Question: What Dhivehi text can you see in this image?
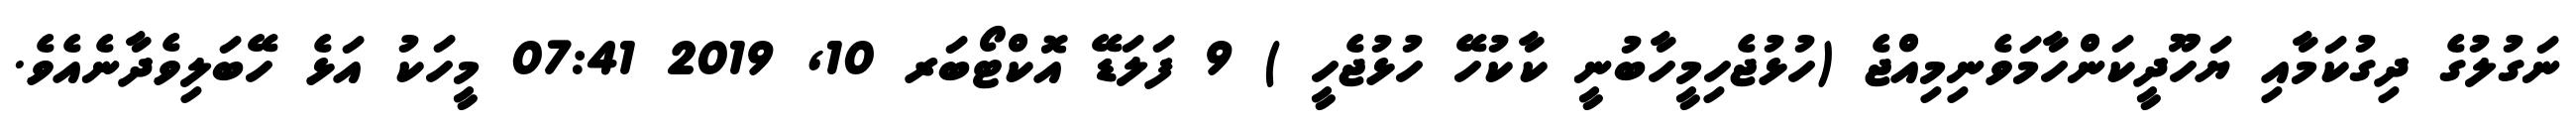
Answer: ނަގުލުގެ ދިގުކަމާއި ޔަހޫދީކަންހާމަވެނިމިއްޖެ (ހުޅުޖެހިމީހާބުނީ ކާކުހޭ ހުޅުޖެހީ ) 9 ފަލަޑޭ އޮކްޓޯބަރ 10, 2019 07:41 މީހަކު އަޅެ ހޭބަލިވެދާނެއެވެ.